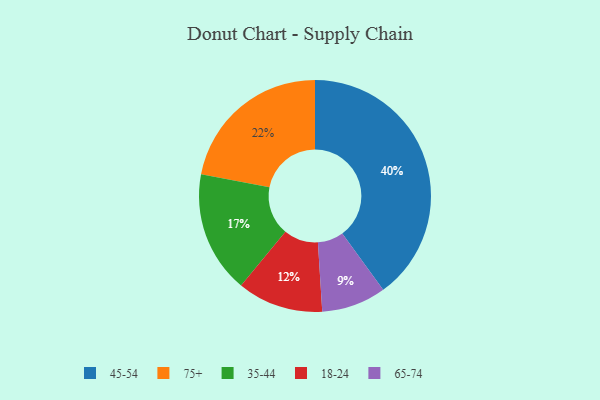
{"axis": {"x": "Category", "y": "Percentage"}, "legend": ["18-24", "35-44", "45-54", "65-74", "75+"], "data": [{"x": "65-74", "y": 9, "type": "65-74"}, {"x": "35-44", "y": 17, "type": "35-44"}, {"x": "45-54", "y": 40, "type": "45-54"}, {"x": "75+", "y": 22, "type": "75+"}, {"x": "18-24", "y": 12, "type": "18-24"}]}